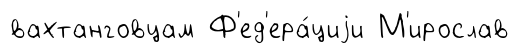
вахтанговцам Ф'ед'ера́циjи М'ирослав